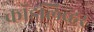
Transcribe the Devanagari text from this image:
कॉडलिव्हर